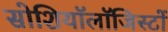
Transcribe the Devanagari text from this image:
सोशियॉलॉजिस्टों